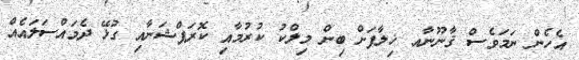
އެހެން ނަމަވެސް ޤާނޫނާއ ޚިލާފަށް ބިން މިލްކު ކުރުމާއި ކޮރަޕްޝަނާއި ގުޅޭ ދެމައްސަލައެއް